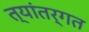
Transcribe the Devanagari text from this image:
त्यांतर्गत